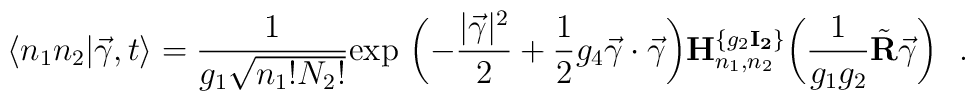
\langle n_1 n_2 | \vec\gamma, t \rangle = {1 \over		g_1 \sqrt{n_1 !N_2!}} \hbox{exp} \ \biggl( -		{|\vec\gamma|^2 \over 2} + {1\over 2} g_4 \vec \gamma		\cdot \vec\gamma \biggr) {\bf H}^{\{g_2 {\bf		I_2}\}}_{n_1, n_2} \biggl( {1\over g_1 g_2} \tilde		{\bf R} \vec\gamma \biggr) \ \ .